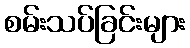
စမ်းသပ်ခြင်းများ